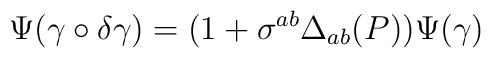
\Psi(\gamma\circ\delta\gamma) = (1 +\sigma^{ab} \Delta_{ab}(P) ) \Psi(\gamma)